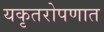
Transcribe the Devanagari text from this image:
यकृतरोपणात